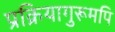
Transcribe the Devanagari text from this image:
प्रक्रियागुरूमपि